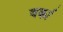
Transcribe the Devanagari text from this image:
वर्का